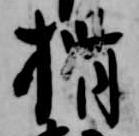
揖